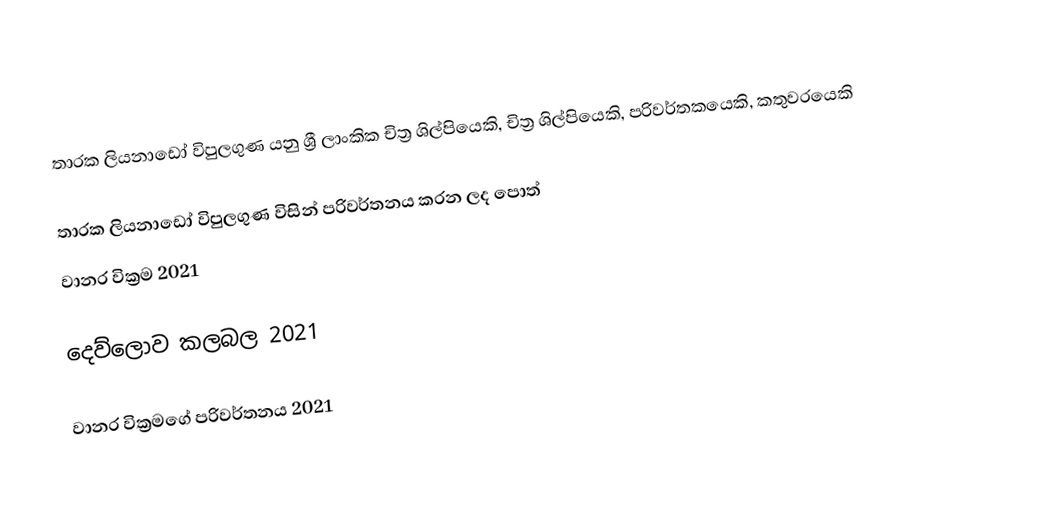
තාරක ලියනාඩෝ විපුලගුණ යනු ශ්‍රී ලාංකික චිත්‍ර ශිල්පියෙකි, චිත්‍ර ශිල්පියෙකි, පරිවර්තකයෙකි, කතුවරයෙකි

තාරක ලියනාඩෝ විපුලගුණ විසින් පරිවර්තනය කරන ලද පොත්
වානර වික්‍රම 2021

දෙව්ලොව කලබල 2021

වානර වික්‍රමගේ පරිවර්තනය 2021